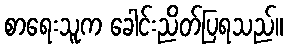
စာရေးသူက ခေါင်းညိတ်ပြရသည်။